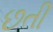
છતી